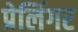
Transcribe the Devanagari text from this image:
प्रेलिंगर